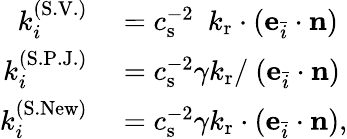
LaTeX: \begin{array}{rl}{k_{i}^{(\mathrm{S.V.})}}&{{}=c_{\mathrm{s}}^{-2}\ \ k_{\mathrm{r}}\cdot(\mathbf{e}_{\bar{i}}\cdot\mathbf{n})}\\ {k_{i}^{(\mathrm{S.P.J.})}}&{{}=c_{\mathrm{s}}^{-2}\gamma k_{\mathrm{r}}/\ (\mathbf{e}_{\bar{i}}\cdot\mathbf{n})}\\ {k_{i}^{(\mathrm{S.New})}}&{{}=c_{\mathrm{s}}^{-2}\gamma k_{\mathrm{r}}\cdot(\mathbf{e}_{\bar{i}}\cdot\mathbf{n}),}\end{array}